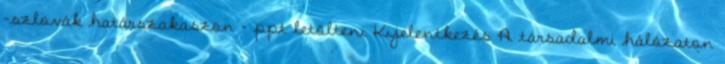
–szlovák határszakaszon - ppt letölteni Kijelentkezés A társadalmi hálózaton